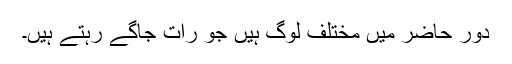
دور حاضر میں مختلف لوگ ہیں جو رات جاگے رہتے ہیں۔